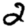
Digit: 2